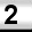
Digit: 2